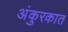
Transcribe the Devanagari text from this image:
अंकुरकात